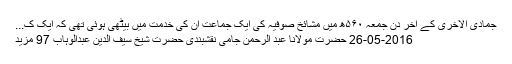
جمادی الاخری کے آخر دن جمعہ ۵۶۰ھ میں مشائخ صوفیہ کی ایک جماعت ان کی خدمت میں بیٹھی ہوئی تھی کہ ایک ک...
2016-05-26 حضرت مولانا عبد الرحمٰن جامی نقشبندی حضرت شیخ سیف الدین عبدالوہاب 97 مزید